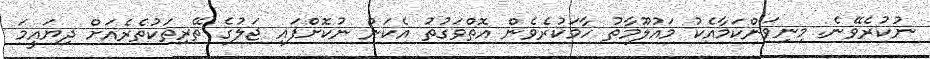
ނުކުރެވޭނެ. މިނިވަންކަމާއެކު މައުލޫމާތު ހާމަކުރެވެން އޮތްވަގުތު އެކަން ނުކޮށްފައި ޖަލުގެ ތޭރިތަކުތެރެއަށް ދިޔައީމަ